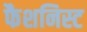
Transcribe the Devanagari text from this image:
फैशनिस्ट